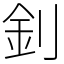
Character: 釗